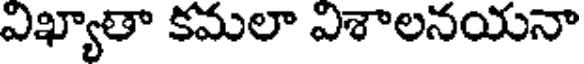
విఖ్యాతా కమలా విశాలనయనా